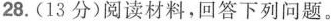
28.(13分)阅读材料，回答下列问题。